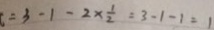
= 3 - 1 - 2 \times \frac { 1 } { 2 } = 3 - 1 - 1 = 1